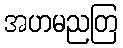
အဟမညတြ